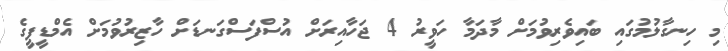
މި ހިނގާލުމުގައި ބައިވެރިވުމަށް މާދަމާ ހަވީރު 4 ޖަހާއިރަށް އުސްފަސްގަނޑަށް ހާޒިރުވުމަށް އެމްޑީޕީގެ